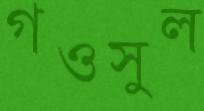
গওসুল